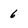
Character: 6